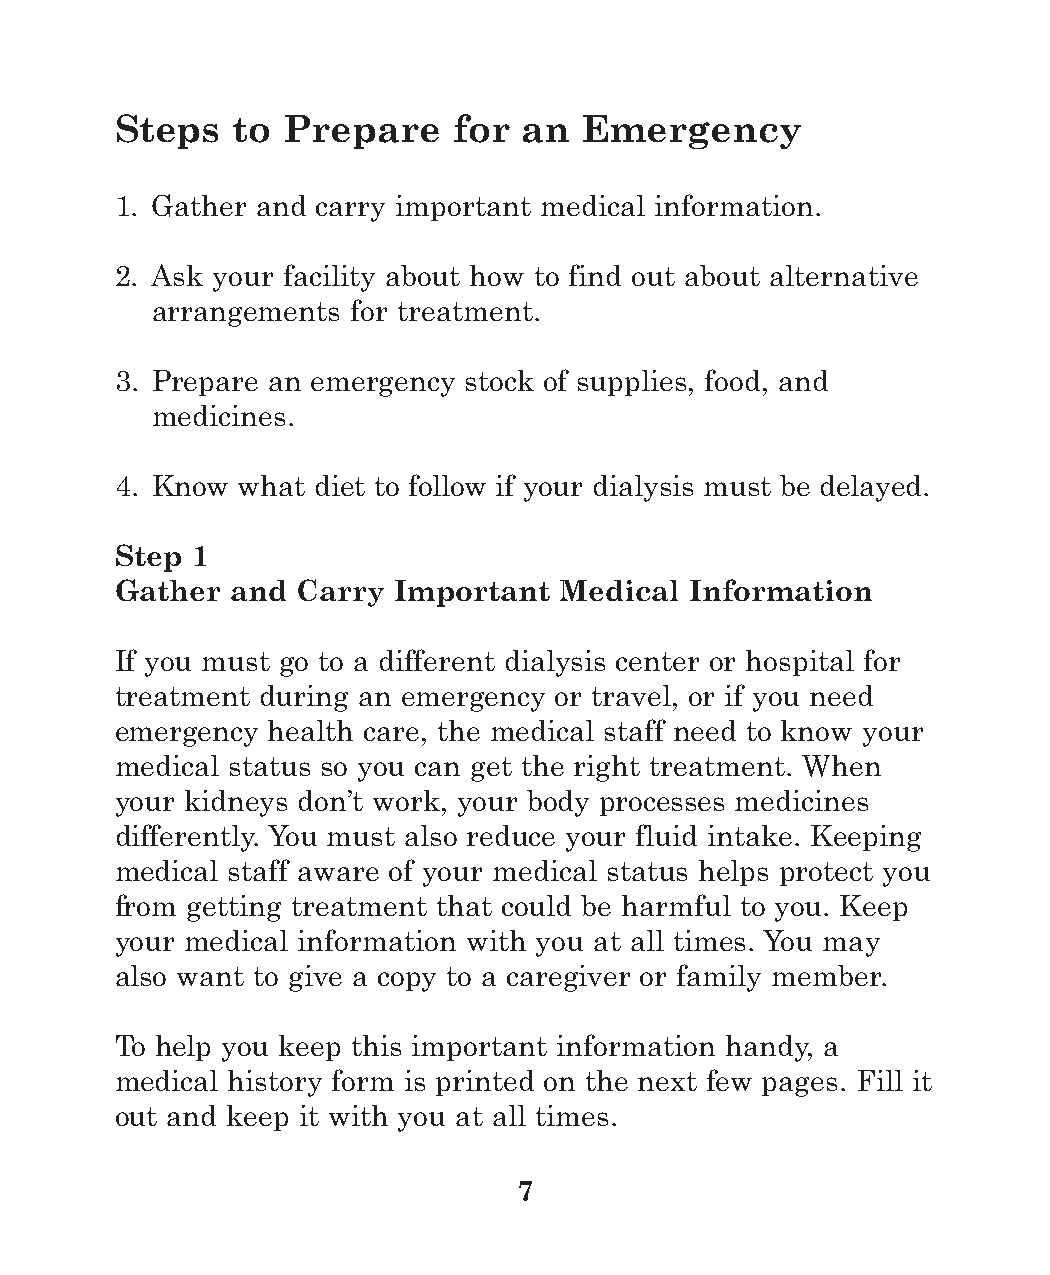
Steps  to  Prepare    for  an  Emergency
 1. Gather and carry important medical information.
 2. Ask your facility about how to find out about alternative
 arrangements for treatment.
 3. Prepare an emergency stock of supplies, food, and
 medicines.
 4. Know what diet to follow if your dialysis must be delayed.
 Step 1
 Gather and  Carry Important  Medical  Information
 If you must go to a different dialysis center or hospital for
 treatment during an emergency or travel, or if you need
 emergency health care, the medical staff need to know your
 medical status so you can get the right treatment. When
 your kidneys don’t work, your body processes medicines
 differently. You must also reduce your fluid intake. Keeping
 medical staff aware of your medical status helps protect you
 from getting treatment that could be harmful to you. Keep
 your medical information with you at all times. You may
 also want to give a copy to a caregiver or family member.
 To help you keep this important information handy, a
 medical history form is printed on the next few pages. Fill it
 out and keep it with you at all times.
 7